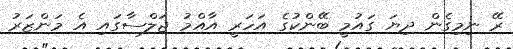
ރޭ ނިމިގެން ދިޔަ ގައުމީ ބޭންކުގެ އަހަރީ އާއްމު ޖަލްސާގައި އެ މަންޒަރު